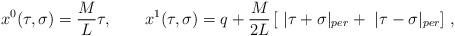
LaTeX: \begin{align*}x^0(\tau ,\sigma )=\frac ML\tau ,\quad \quad x^1(\tau ,\sigma)=q+\frac M{2L}\,[\ |\tau +\sigma |_{per}+\ |\tau -\sigma |_{per}]\ ,\end{align*}